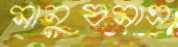
মানুষমাত্র